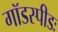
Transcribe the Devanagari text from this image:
गॉडस्पीडः